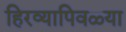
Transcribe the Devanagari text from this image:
हिरव्यापिवळ्या